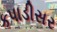
કપાડીસર